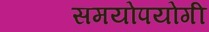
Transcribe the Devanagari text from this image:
समयोपयोगी